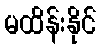
မထိန်းနိုင်